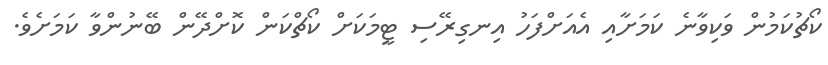
ކޯޗުކަމުން ވަކިވާނެ ކަމަށާއި އެއަށްފަހު އިނގިރޭސި ޓީމަކަށް ކޯޗްކަން ކޮށްދޭން ބޭނުންވާ ކަމަށެވެ.